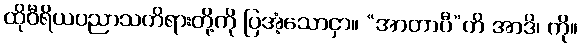
ထိုဝီရိယပညာသတိရားတို့ကို ပြအံ့သောငှာ။ “အာတာပီ”တိ အာဒိ၊ ကို။